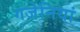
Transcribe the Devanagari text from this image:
गजेनियां